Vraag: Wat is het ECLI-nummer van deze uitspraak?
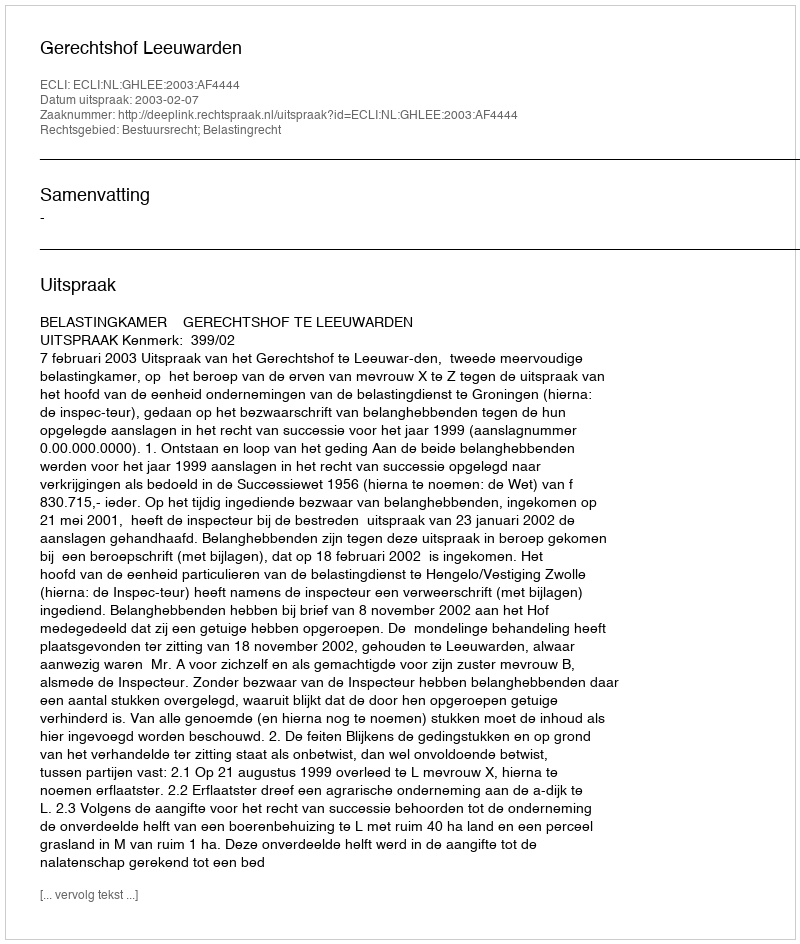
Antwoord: ECLI:NL:GHLEE:2003:AF4444